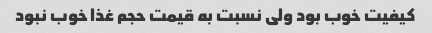
کیفیت خوب بود ولی نسبت به قیمت حجم غذا خوب نبود